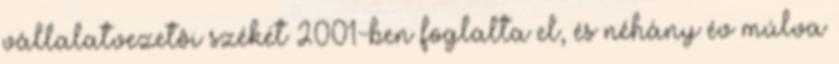
vállalatvezetôi székét 2001-ben foglalta el, és néhány év múlva